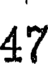
47